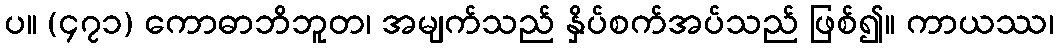
ပ။ (၄၇၁) ကောဓာဘိဘူတ၊ အမျက်သည် နှိပ်စက်အပ်သည် ဖြစ်၍။ ကာယဿ၊